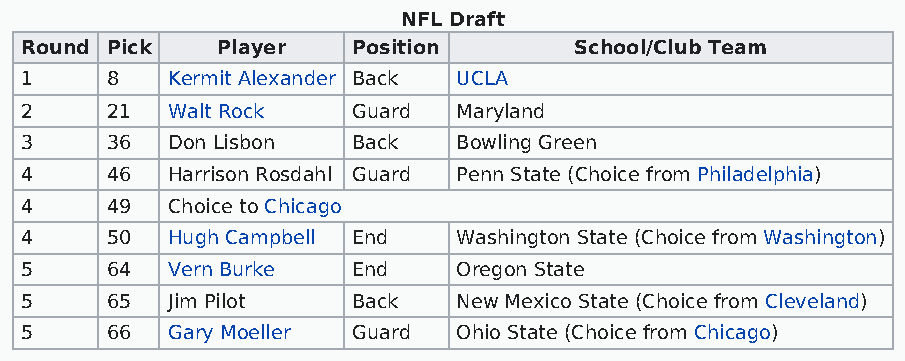
NFL Draft
 Round Pick   Player   Position       School/Club Team
 1     8   Kermit Alexander Back UCLA
 2     21  Walt Rock   Guard  Maryland
 3     36  Don Lisbon  Back   Bowling Green
 4     46  Harrison Rosdahl Guard Penn State (Choice from Philadelphia)
 4     49  Choice to Chicago
 4     50  Hugh Campbell End  Washington State (Choice from Washington)
 5     64  Vern Burke  End    Oregon State
 5     65  Jim Pilot   Back   New Mexico State (Choice from Cleveland)
 5     66  Gary Moeller Guard Ohio State (Choice from Chicago)